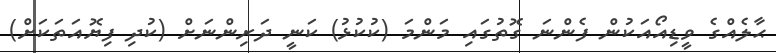
ޙާލެއްގެ ވީޑިއޯއަކުން ފެންނަ ގޮތުގައި މަންމަ (ކުކުޅު) ކަނީ ދަރިންނަށް (ކުދި ފިޔޮއަތަކަށް)